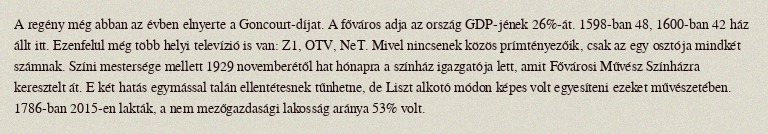
A regény még abban az évben elnyerte a Goncourt-díjat. A főváros adja az ország GDP-jének 26%-át. 1598-ban 48, 1600-ban 42 ház állt itt. Ezenfelül még több helyi televízió is van: Z1, OTV, NeT. Mivel nincsenek közös prímtényezőik, csak az egy osztója mindkét számnak. Színi mestersége mellett 1929 novemberétől hat hónapra a színház igazgatója lett, amit Fővárosi Művész Színházra keresztelt át. E két hatás egymással talán ellentétesnek tűnhetne, de Liszt alkotó módon képes volt egyesíteni ezeket művészetében. 1786-ban 2015-en lakták, a nem mezőgazdasági lakosság aránya 53% volt.